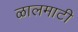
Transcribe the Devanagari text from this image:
ळालमाटी